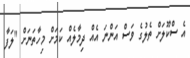
އެ ސްކޫލަށް ތެލުގެ ވަސް އަންނަ އެއް ދިމާލެއް ކަމަށް މިހާތަނަށް "ލަފާ